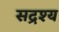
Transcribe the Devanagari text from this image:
सद्रश्य